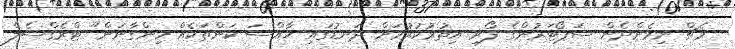
މެޗް ނިމެންދެން ސަޕޯޓަރުންގެ ފޯރި އިތުރުކުރުމަށް ދަނޑުގައި ޚާއްސަ ކަންތަކެއް ހިންގާނަން" ޓްރެގްސެލް